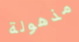
مذهولة